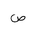
Letter: _sad